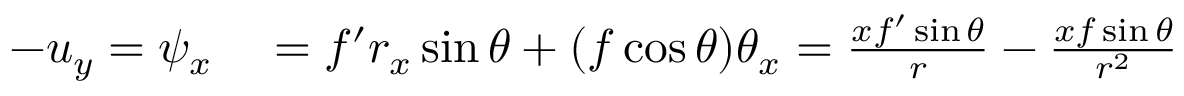
\begin{array} { r l } { - u _ { y } = \psi _ { x } } & { { } = f ^ { \prime } r _ { x } \sin \theta + ( f \cos \theta ) \theta _ { x } = \frac { x f ^ { \prime } \sin \theta } { r } - \frac { x f \sin \theta } { r ^ { 2 } } } \end{array}